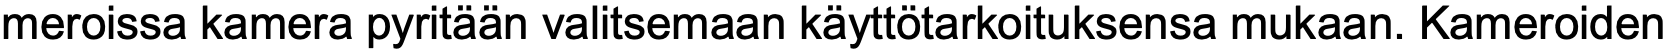
meroissa kamera pyritään valitsemaan käyttötarkoituksensa mukaan. Kameroiden